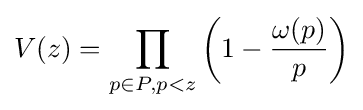
V(z)=\prod _{p\in P,p<z}\left(1-{\frac {\omega (p)}{p}}\right)